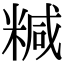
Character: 𥻇